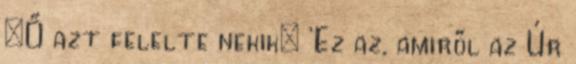
„Ő azt felelte nekik: ’Ez az, amiről az Úr